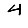
Digit: 4